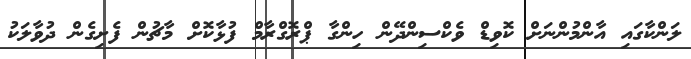
ލަންކާގައި އާންމުންނަށް ކޮވިޑް ވެކްސިންދޭން ހިންގާ ޕްރޮގްރާމް ފުޅާކޮށް މާޗުން ފެށިގެން ދުވާލަކު